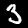
Digit: 3